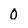
Character: 0